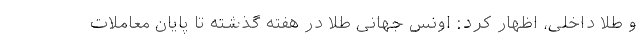
و طلا داخلی، اظهار کرد: اونس جهانی طلا در هفته گذشته تا پایان معاملات